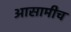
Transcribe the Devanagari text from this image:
आसामीच